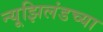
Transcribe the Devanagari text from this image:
न्यूझिलंडच्या